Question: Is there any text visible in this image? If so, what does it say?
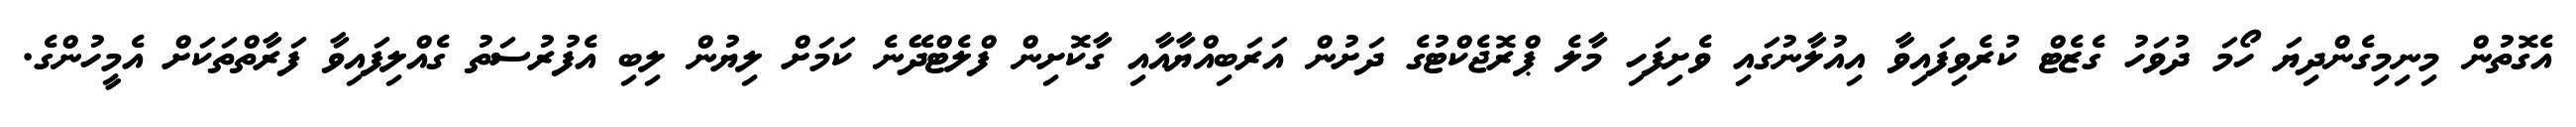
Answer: އެގޮތުން މިނިމިގެންދިޔަ ހޯމަ ދުވަހު ގެޒެޓް ކުރެވިފައިވާ އިއުލާނުގައި ވެށިފަހި މާލެ ޕްރޮޖެކްޓުގެ ދަށުން އަރަބިއްޔާއާއި ގާކޮށިން ފްލެޓްދޭނެ ކަމަށް ލިޔުން ލިބި އެފުރުސަތު ގެއްލިފައިވާ ފަރާތްތަކަށް އެމީހުންގެ.